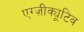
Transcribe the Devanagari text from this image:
एग्ज़ीक्यूटिव